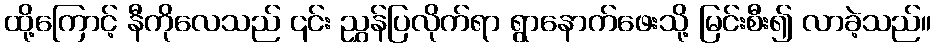
ထို့ကြောင့် နီကိုလေသည် ၎င်း ညွှန်ပြလိုက်ရာ ရွာနောက်ဖေးသို့ မြင်းစီး၍ လာခဲ့သည်။